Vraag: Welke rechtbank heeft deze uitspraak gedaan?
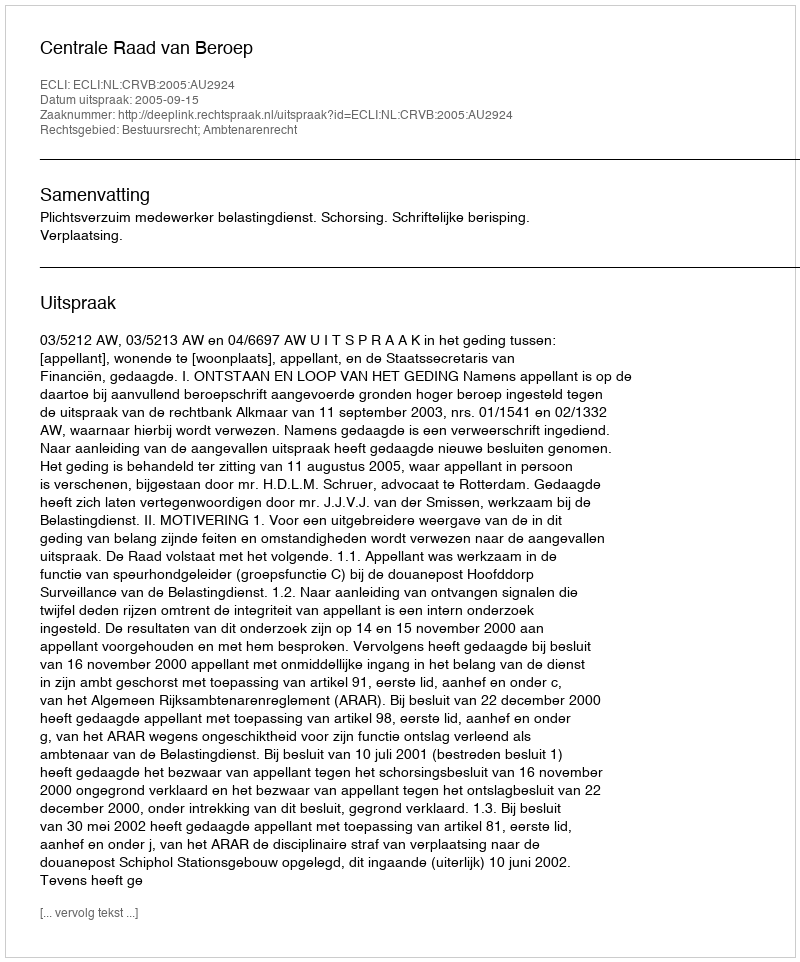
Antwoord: Centrale Raad van Beroep